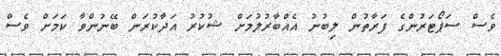
ވެސް ސަޕޯޓަރުންގެ ފަރާތުން ލިބުނު އެއްބާރުލުމަށް ޝުކުރު އަދާކުރަން ބޭނުންވާ ކަމަށް ވެސް